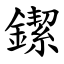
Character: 䥛